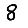
Digit: 8